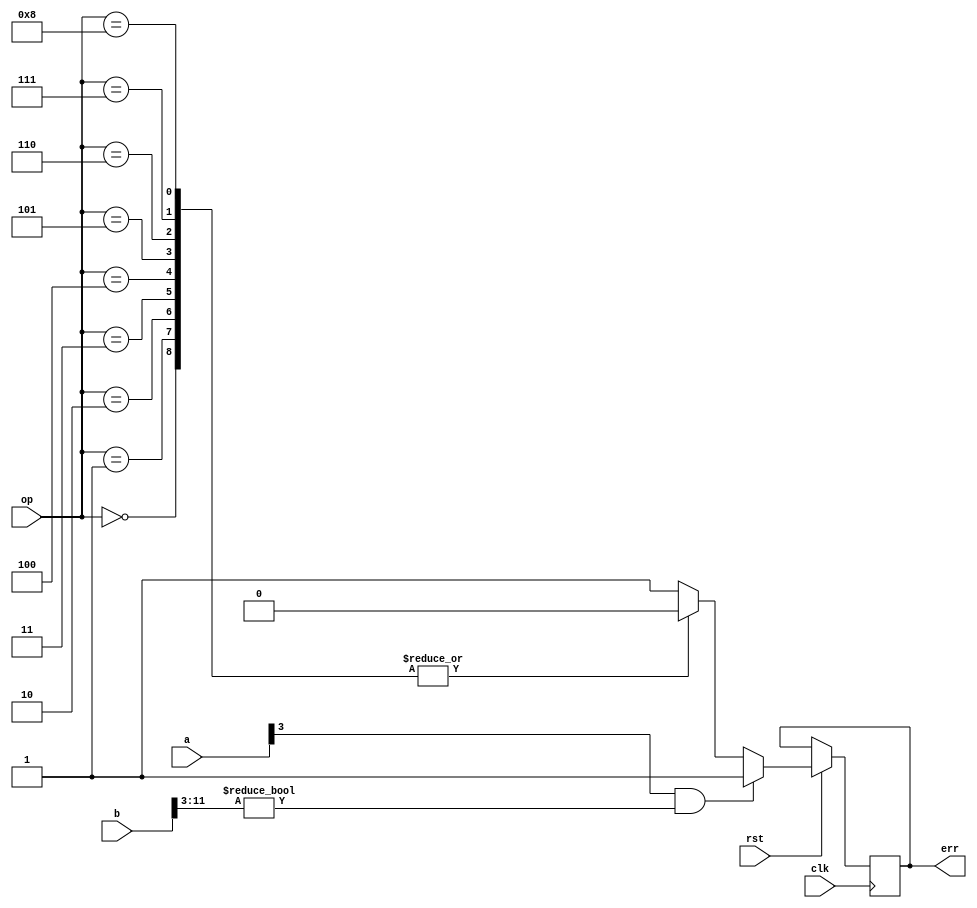
`define op_add  4'b0000
`define op_dec  4'b0001
`define op_mul  4'b0010
`define op_div  4'b0011
`define op_mod  4'b0100
`define op_mov  4'b0101
`define op_and  4'b0110
`define op_or   4'b0111
`define op_xor  4'b1000
`define op_ldr  4'b1001
`define op_std  4'b1010

module opcode(err, op, a, b, clk, rst);
    input   [3:0] op, a;
    input   [23:0] b;
    reg     [31:0] regfile[0:7];
    reg     [31:0] b_temp;
    output  err;
    reg     err;
    input   clk;
    input   rst;
    reg     [31:0] reg0, reg1, reg2, reg3, reg4, reg5, reg6, reg7;
    always@(posedge clk)
    begin
        if (1'b0 == rst)
        begin
            regfile[0] = 0;
            regfile[1] = 0;
            regfile[2] = 0;
            regfile[3] = 0;
            regfile[4] = 0;
            regfile[5] = 0;
            regfile[6] = 0;
            regfile[7] = 0;
        end
        else
        begin
            if ((1'b1 == a[3]) && (0 != b[11:3]))
            begin
                err = 1'b1;
            end
            else
            begin
                if (1'b1 == a[3])
                begin
                    b_temp = regfile[b[2:0]];
                end
                else
                begin
                    b_temp = b;
                end
                err = 1'b0;
                case(op[3:0])
                    `op_add: regfile[a] = regfile[a] + b_temp;
                    `op_dec: regfile[a] = regfile[a] - b_temp;
                    `op_mul: regfile[a] = regfile[a] * b_temp;
                    `op_div: regfile[a] = regfile[a] / b_temp;
                    `op_mod: regfile[a] = regfile[a] % b_temp;
                    `op_mov: regfile[a] = b_temp;
                    `op_and: regfile[a] = regfile[a] | b_temp;
                    `op_or:  regfile[a] = regfile[a] & b_temp;
                    `op_xor: regfile[a] = regfile[a] ^ b_temp;
                    default: err = 1'b1;
                endcase
            end
        end
        reg0 = regfile[0];
        reg1 = regfile[1];
        reg2 = regfile[2];
        reg3 = regfile[3];
        reg4 = regfile[4];
        reg5 = regfile[5];
        reg6 = regfile[6];
        reg7 = regfile[7];
    end
endmodule